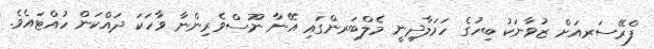
ފްރޭސަރއަށް ޒުވާނަކު ބިހުގެ ހަމަލާދިނީ މެލްބަރންގައި އޭނާ ނޫސްވެރިންނާ ވާހަކަ ދައްކަން ހުއްޓައެވެ.